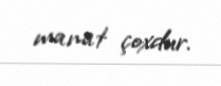
manat çoxdur.